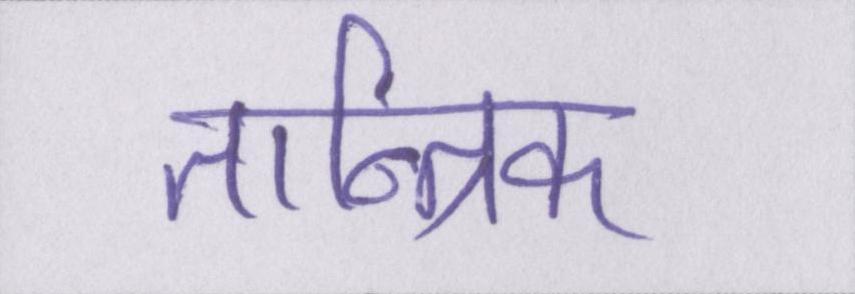
तान्त्रिक